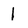
Character: 1